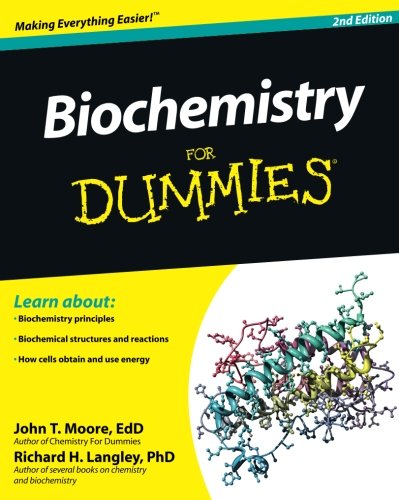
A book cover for Biochemistry For Dummies; John T. Moore; Engineering & Transportation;